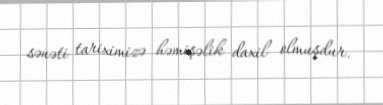
sənəti tariximizə həmişəlik daxil olmuşdur.